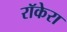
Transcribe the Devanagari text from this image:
रॉकेरा